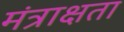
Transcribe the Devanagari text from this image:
मंत्राक्षता